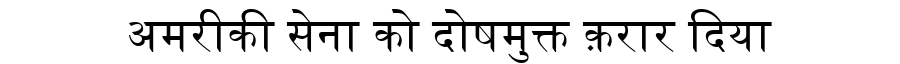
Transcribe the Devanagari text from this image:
अमरीकी सेना को दोषमुक्त क़रार दिया